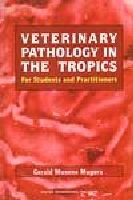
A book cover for Veterinary Pathology in the Tropics for Students and Practitioners; G. M. Mugera; Medical Books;